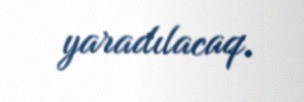
yaradılacaq.